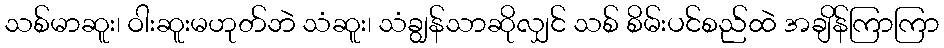
သစ်မာဆူး၊ ဝါးဆူးမဟုတ်ဘဲ သံဆူး၊ သံချွန်သာဆိုလျှင် သစ် စိမ်းပင်စည်ထဲ အချိန်ကြာကြာ